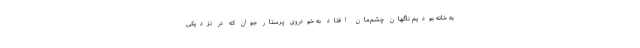
به خانه بودیم ناگهان چشم‌مان افتاد به‌ خودروی پرستار جوان که در نزدیکی